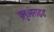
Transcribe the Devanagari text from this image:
फ़्लुओराइड